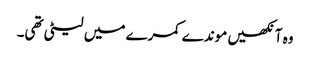
وہ آنکھیں موندے کمرے میں لیٹی تھی۔